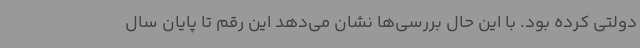
دولتی کرده بود. با این حال بررسی‌ها نشان می‌دهد این رقم تا پایان سال